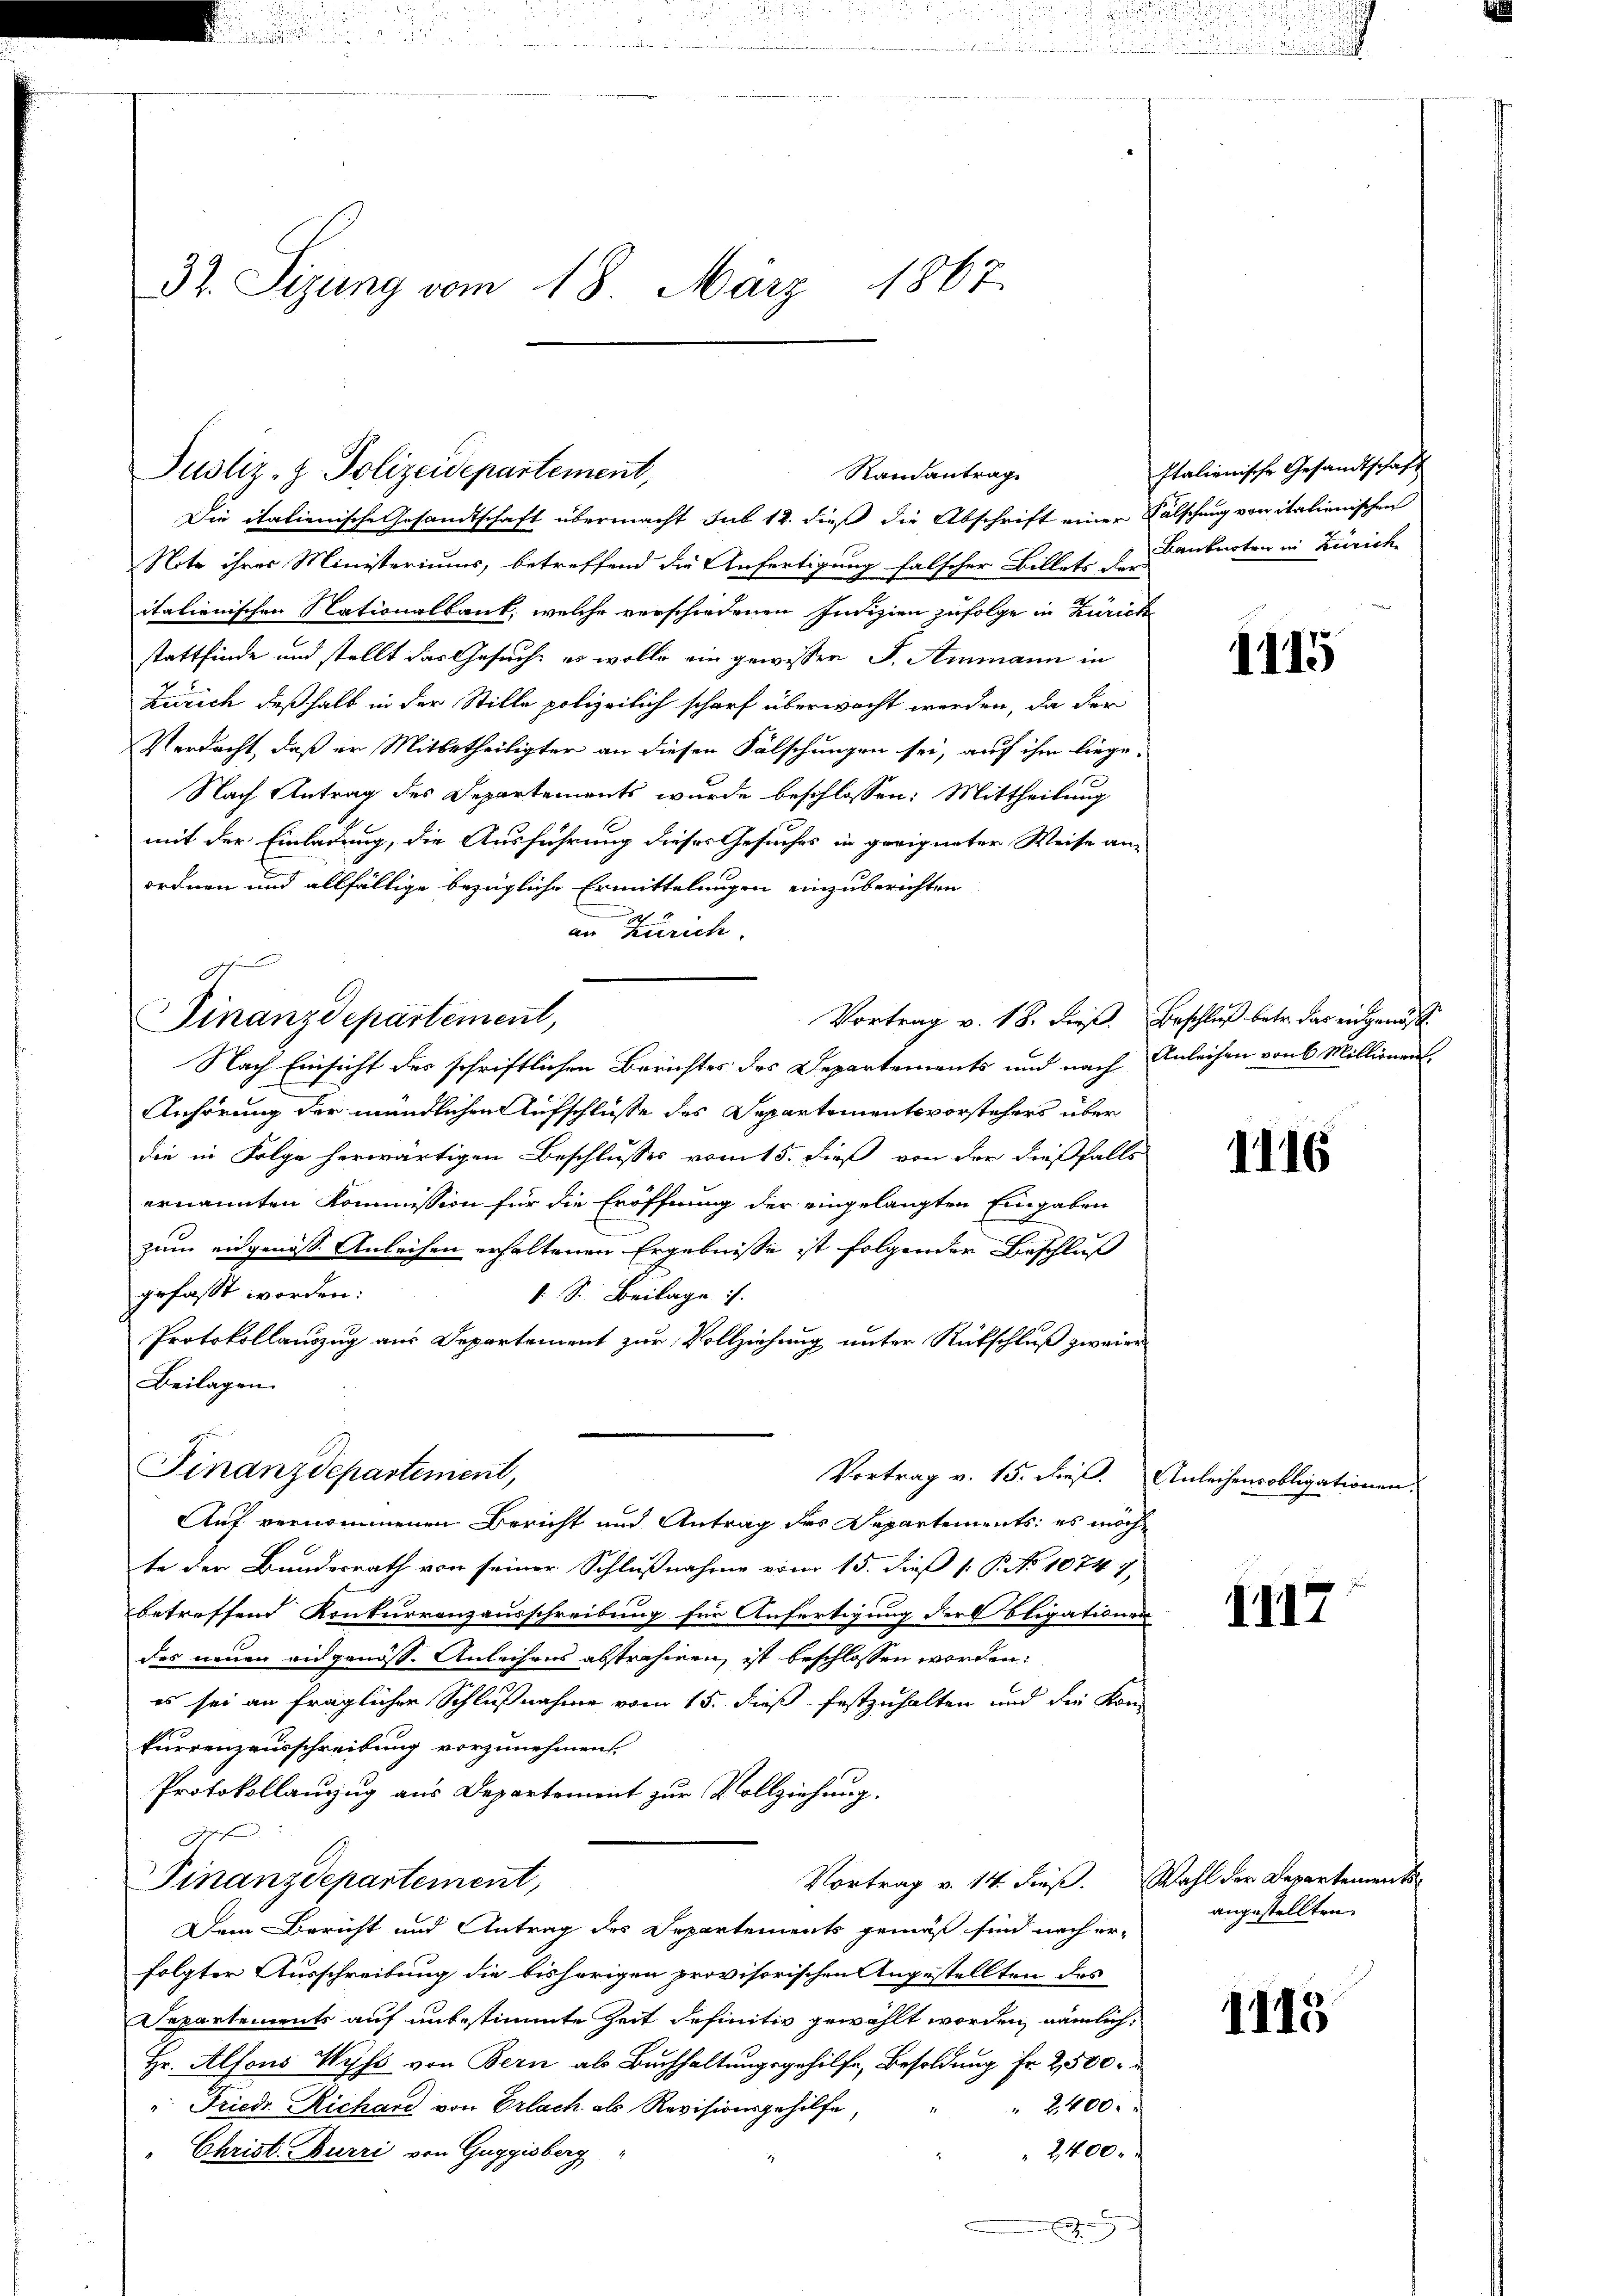
32. Sizung vom 18. März 1867.

Justiz- & Polizeidepartement,
Randantrag

Die italienische Gesandtschaft übermacht sub 12. dieß die Abschrift einer Fälschung von italienischen
Note ihres Ministeriums, betreffend die Anfertigung falscher Billets der
italienischen Nationalbank, welche verschiedenen Indizien zufolge in Zürich
stattfinde und stellt das Gesuch, es wolle ein gewissen S. Ammann in
Zürich deßhalb in der Stille polizeilich scharf überwacht werden, da der
Verdacht, daß er Mitbetheiligter an diesen Fälschungen sei, auf ihm liege-
Nach Antrag des Departements wurde beschlossen: Mittheilung
mit der Einladung, die Ausführung dieses Gesuches in geeigneter Weise an-
ordnen und allfällige bezügliche Ermittelungen einzuberichten
.
an Zürich
Vortrag v. 18. dieß. Beschluß betr. das eidgenöß¬
Finanzdepartement,
Nach Einsicht des schriftlichen Berichtes des Departements und nach Anleihen von 6 Millionen-
Anhörung der mündlichen Aufschlüsse des Departementsvorstehers über
die in Folge herwärtigen Beschlusses vom 15. dieß von der dießfalls
ernannten Kommission für die Eröffnung der eingelangten Eingaben
zum eidgenosse Anleihen erhaltenen Ergebnisse ist folgenden Beschluß
gefasst worden.
. S. Beilage
Protokollauszug aus Departement zur Vollziehung unter Rückschluß zweier
Beilagen.
Finanzdepartement,
Vortrag v. 15. dieß. Anleihensobligationen.
Auf vernommenen Bericht und Antrag des Departements: es möchte der Bundesrath von seiner Schlußnahme vom 15. dieß 1: P. No 10747,
betreffend Konkurrenzausschreibung für Anfertigung der bligationen
des neuen eidgenöss. Anleihens abstrahiren, ist beschlossen worden.
es sei an fraglicher Schlußnahme vom 15. dieß festzuhalten und die Kon
kurrenzausschreibung vorzunehmen
Protokollanzug aus Departement zur Vollziehung.
3t.
Vortrag v. 14. dieß. Wahl der Departemen
Finanzdepartement,
Dem Bericht und Antrag des Departements gemäß sind nach erfolgter Ausschreibung die bishörigen provisorischen Angestellten des
Departements auf unbestimmte Zeit definitiv gewählt worden, nämlich
Hr. Alfons Wyss von Bern als Buchhaltungsgehilfe, Besoldung Fr. 2500.
" 2400.
" Friedr. Richard von Erlach als Revisionsgehilfe,
2400.
 Christ Burri von Guggisberg
E

g

Italienische Gesandtschaft
Lankarten in Zürich

1115

1116

1117

angestellten.

1143